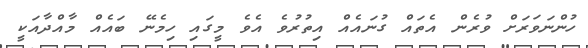
ހުންނަވަރަށް ވުރެން އެތައް ގުނައެއް އިތުރުވެ އެވެ މީގައި ހިމެނޭ ބައެއް މާއްދާއަކީ